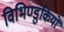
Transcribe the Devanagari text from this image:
विभिण्डुकियों